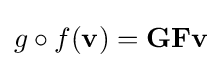
g\circ f(\mathbf {v} )=\mathbf {G} \mathbf {F} \mathbf {v}